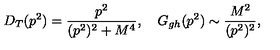
D _ { T } ( p ^ { 2 } ) = { \frac { p ^ { 2 } } { ( p ^ { 2 } ) ^ { 2 } + M ^ { 4 } } } , \quad G _ { g h } ( p ^ { 2 } ) \sim { \frac { M ^ { 2 } } { ( p ^ { 2 } ) ^ { 2 } } } ,